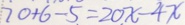
7 0 + 6 - 5 = 2 0 x - 4 x